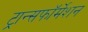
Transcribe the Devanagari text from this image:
ट्रान्सफॉर्मेशन